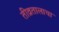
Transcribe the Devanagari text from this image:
तीव्रतालाचा